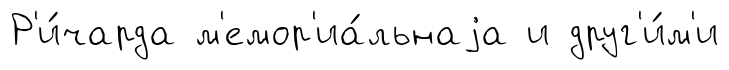
Р'и́чарда м'емор'иа́льнаjа и друг'и́м'и